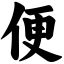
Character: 便